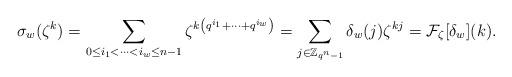
LaTeX: \begin{align*} \sigma_w(\zeta^k) &= \sum_{0 \leq i_1 < \cdots < i_w \leq n-1} \zeta^{k\left(q^{i_1} + \cdots + q^{i_w}\right)} = \sum_{j \in \mathbb{Z}_{q^n-1}} \delta_w(j) \zeta^{kj} = \mathcal{F}_\zeta[\delta_w](k).\end{align*}